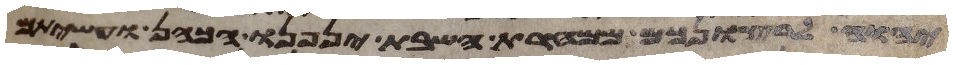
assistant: יהוה לרצונכם ממחרת השבת יניפנו הכהן ועשיתם